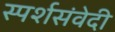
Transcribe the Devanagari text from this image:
स्पर्शसंवेदी